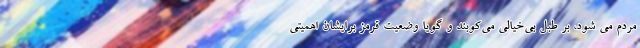
مردم می شود، بر طبل بی‌خیالی می‌کوبند و گویا وضعیت قرمز برایشان اهمیتی